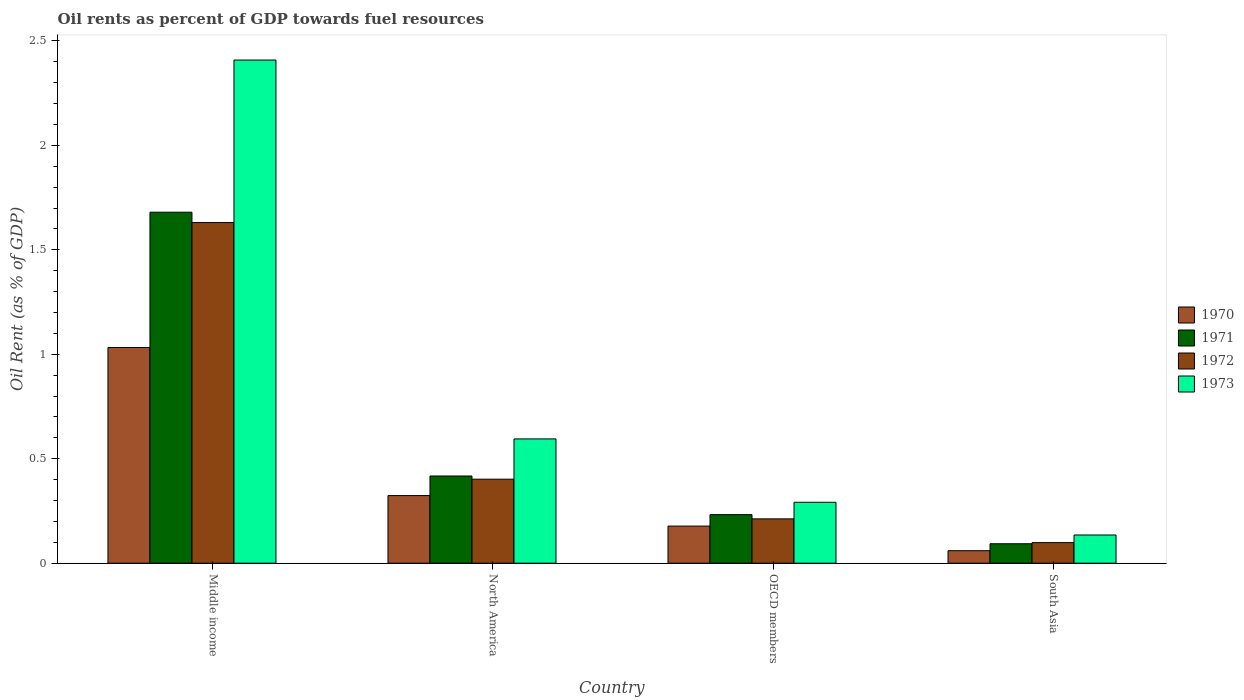
| Country | 1970 | 1971 | 1972 | 1973 |
 | --- | --- | --- | --- | --- |
 | Middle income | 1.03 | 1.68 | 1.63 | 2.41 |
 | North America | 0.324 | 0.417 | 0.402 | 0.595 |
 | OECD members | 0.178 | 0.233 | 0.212 | 0.292 |
 | South Asia | 0.0599 | 0.0932 | 0.0985 | 0.135 |